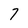
Character: 7